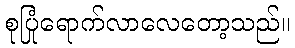
စုပြုံရောက်လာလေတော့သည်။